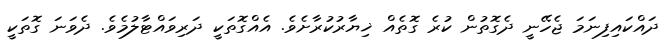
ދައްކައިފިނަމަ ޖެހޭނީ ދެގޮތުން ކުރެ ގޮތެއް ޚިޔާރުކުރާށެވެ. އެއްގޮތަކީ ދަރިވައްޓާލުމެވެ. ދެވަނަ ގޮތަކީ